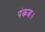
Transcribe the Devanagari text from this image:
पंकज।